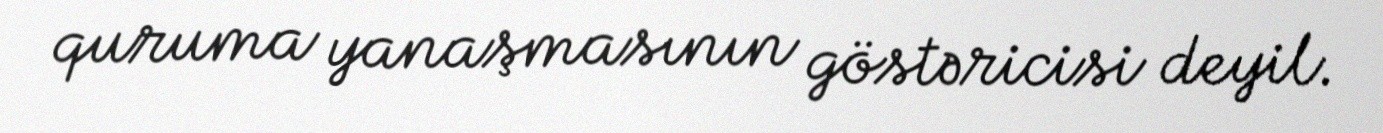
quruma yanaşmasının göstəricisi deyil.